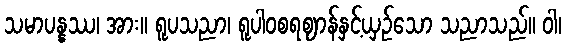
သမာပန္နဿ၊ အား။ ရူပသညာ၊ ရူပါဝစရဈာန်နှင့်ယှဉ်သော သညာသည်။ ဝါ၊